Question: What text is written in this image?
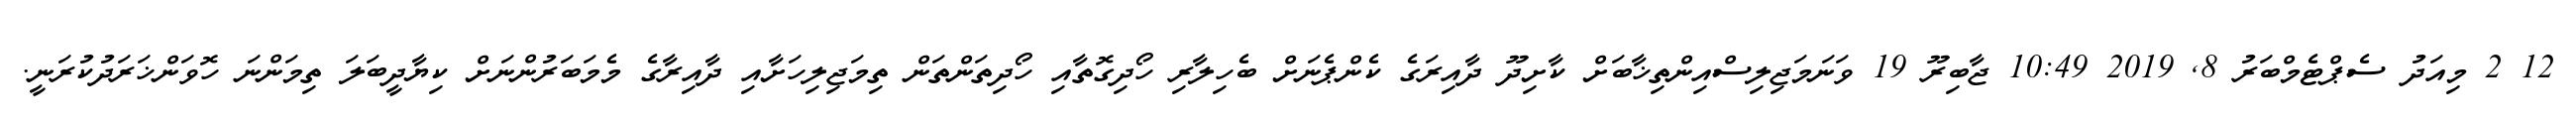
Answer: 12 2 މިއަދު ސެޕްޓެމްބަރު 8, 2019 10:49 ޖާބިރޫ 19 ވަނަމަޖިލިސްއިންތިޚާބަށް ކާށިދޫ ދާއިރަގެ ކެންޕެނަށް ބެހިލާރި ހޯދިގޮތާއި ހޯދިތަންތަން ތިމަޖިލިހަށާއި ދާއިރާގެ މެމަބަރުންނަށް ކިޔާދީބަލަ ތިމަންނަ ހޮވަންޚަރަދުކުރަނީ.